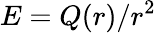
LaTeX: E=Q(r)/r^{2}